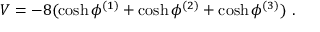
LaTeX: V = - 8 ( \cosh \phi ^ { ( 1 ) } + \cosh \phi ^ { ( 2 ) } + \cosh \phi ^ { ( 3 ) } ) \ .